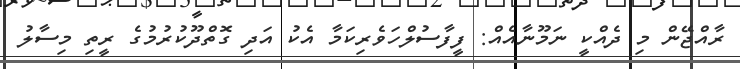
ރާއްޖޭން މި ދެއްކީ ނަމޫނާއެއް: ފީފާސުލްހަވެރިކަމާ އެކު އަދި ގޮތްދޫކުރުމުގެ ރީތި މިސާލު